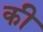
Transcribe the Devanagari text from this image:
की